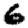
Digit: 6